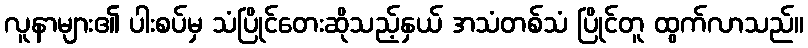
လူနာများ၏ ပါးစပ်မှ သံပြိုင်တေးဆိုသည့်နှယ် အသံတစ်သံ ပြိုင်တူ ထွက်လာသည်။